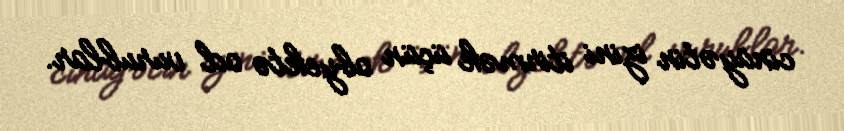
cinayətin izini itirmək üçün obyektə od vurublar.